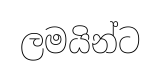
ලමයින්ට